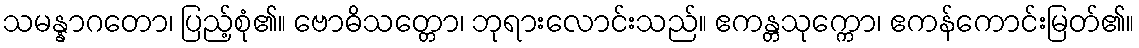
သမန္နာဂတော၊ ပြည့်စုံ၏။ ဗောဓိသတ္တော၊ ဘုရားလောင်းသည်။ ဧကန္တသုက္ကော၊ ဧကန်ကောင်းမြတ်၏။